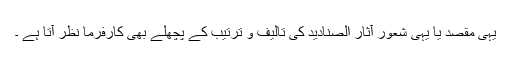
یہی مقصد یا یہی شعور آثار الصنادید کی تالیف و ترتیب کے پچھلے بھی کارفرما نظر آتا ہے ۔